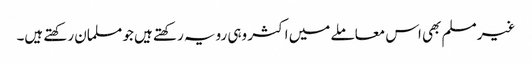
غیر مسلم بھی اس معاملے میں اکثر وہی رویہ رکھتے ہیں جو مسلمان رکھتے ہیں۔